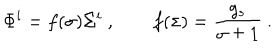
LaTeX: \Phi ^ { i } = f ( \sigma ) \Sigma ^ { i } \ , \qquad f ( \sigma ) = { \frac { g _ { s } } { \sigma \pm 1 } } \ .